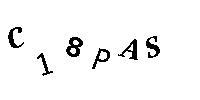
C18PAS